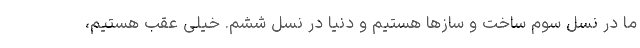
ما در نسل سوم ساخت و سازها هستیم و دنیا در نسل ششم. خیلی عقب هستیم،